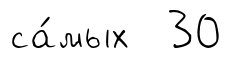
са́мых 30